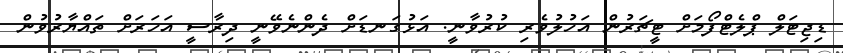
ޑިޖިޓަލް ޕްލެޓްފޯމަށް ޓީޗަރުން އަހުލުވެރި ކުރުވާނީ. އަޅުގަނޑަށް ދެންނެވޭނީ ދިރާސީ އަހަރަށް ތައްޔާރުވުން